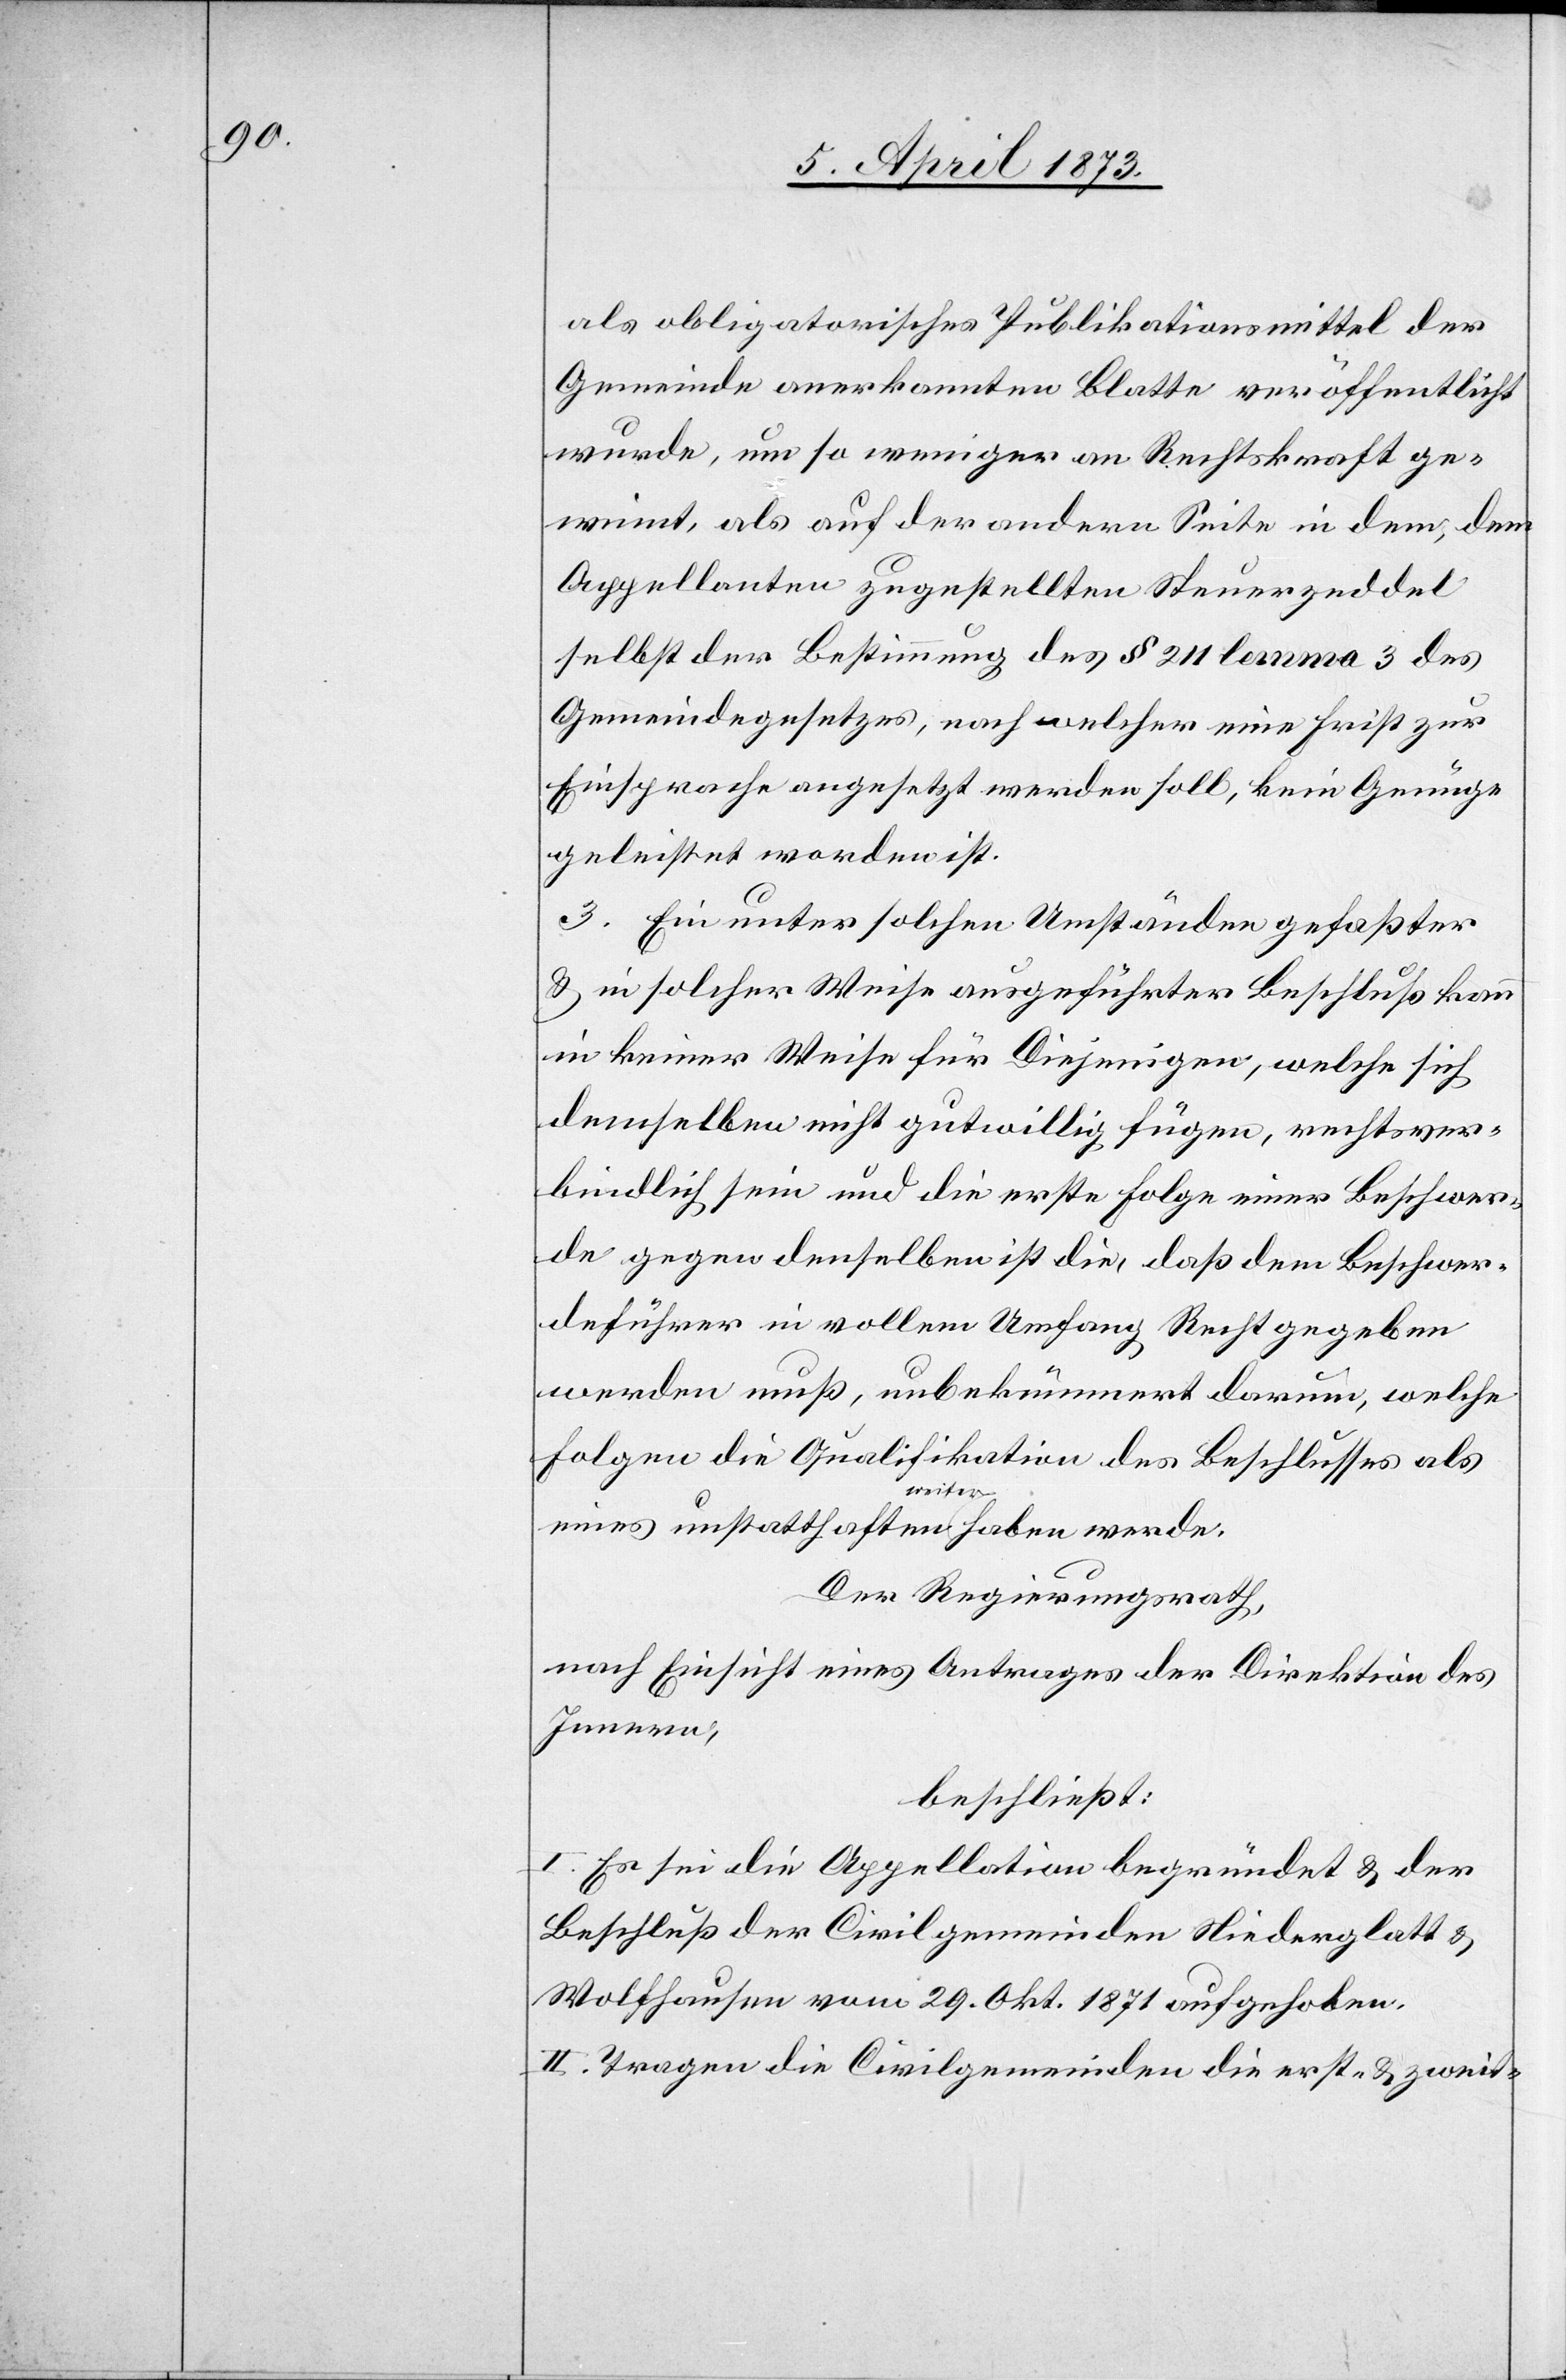
als obligatorisches Publikationsmittel der
Gemeinde anerkannten Blatte veröffentlicht
wurde, umso weniger an Rechtskraft ge¬
winnt, als auf der andern Seite in dem, dem
Appellanten zugestellten Steuerzeddel
selbst der Bestimmung des § 211 lemma 3 des
Gemeindegesetztes, nach welcher eine Frist zur
Einsprache angesetzt werden soll, kein Genüge
geleistet worden ist.
3. Ein unter solchen Umständen gefaßter
& in solcher Weise ausgeführter Beschluß kann
in keiner Weise für Diejenigen, welche sich
demselben nicht gutwillig fügen, rechtsver¬
bindlich sein und die erste Folge einer Beschwer¬
de gegen denselben ist die, daß dem Beschwer¬
deführer in vollem Umfang Recht gegeben
werden muß, unbekümmert darum, welche
Folgen die Qualifikation des Beschlusses als
eines unstatthaften weiter haben werde.
Der Regierungsrath,
nach Einsicht eines Antrages der Direktion des
Innern,
beschließt:
I. Es sei die Appellation begründet & der
Beschluß der Civilgemeinden Niederglatt &
Wolfhausen vom 29. Okt. 1871 aufgehoben.
II. Tragen die Civilgemeinden die erst- & zweit-